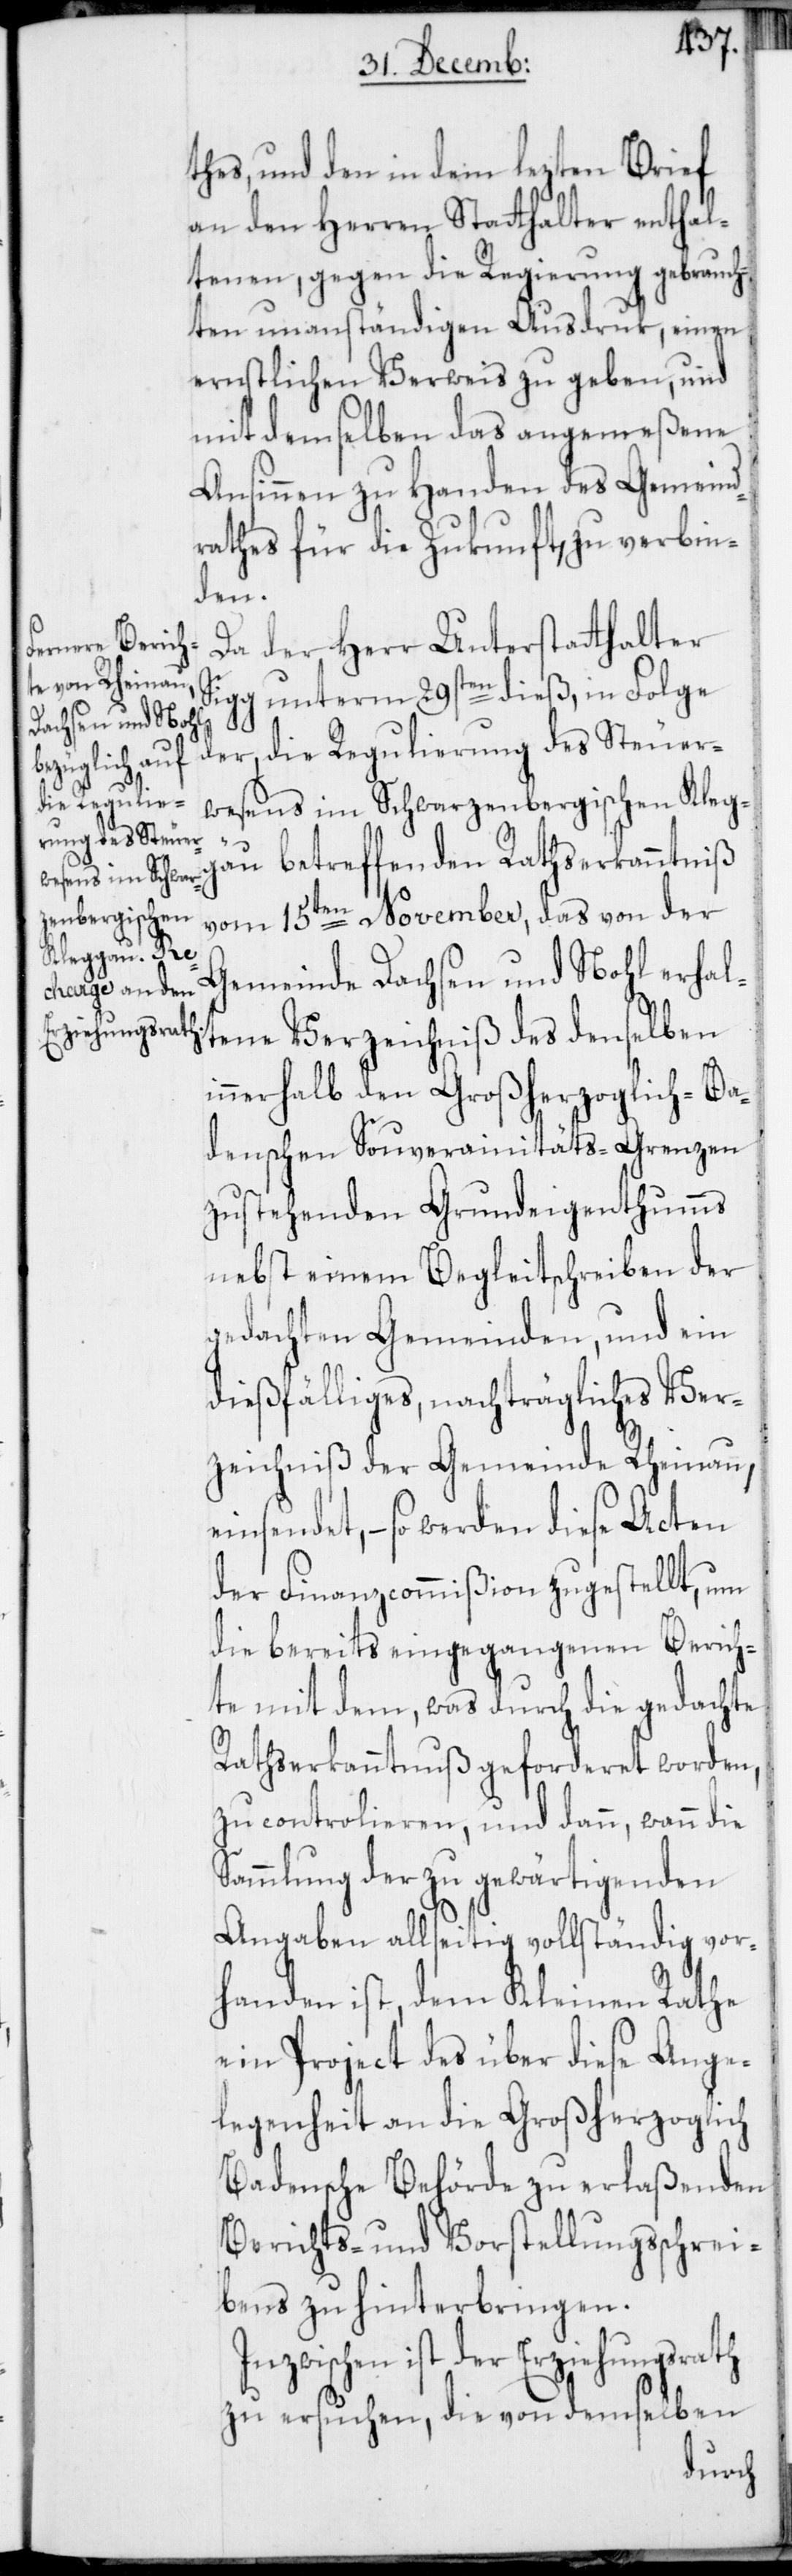
thes, und den in dem lezten Brief
an den Herren Statthalter enthal¬
tenen, gegen die Regierung gebrauch¬
ten unanständigen Ausdruk, einen
ernstlichen Verweis zu geben, und
mit demselben das angemeßene
Ansinnen zu Handen des Gemeind¬
rathes für die Zukunft, zu verbin¬
den.
Da der Herr Unterstatthalter
Sigg unterm 29sten dieß, in Folge
der, die Regulierung des Steuer¬
wesens im Schwarzenbergischen Kleg¬
gäu betreffenden Rathserkanntniß
vom 15ten November, das von der
Gemeinde Dachsen und Nohl erhal¬
tene Verzeichniß des denselben
innerhalb den Großherzoglich-Ba¬
denschen Souverainitäts-Grenzen
zustehenden Grundeigenthumms
nebst einem Begleitschreiben der
gedachten Gemeinden, und ein
dießfälliges, nachträgliches Ver¬
zeichnis der Gemeinde Rheinau,
einsendet, – so werden diese Acten
der Finanzcommißion zugestellt, um
die bereits eingegangenen Berich¬
te mit dem, was durch die gedachte
Rathserkanntnuß geforderet worden,
zu controlieren, und dann, wann die
Sammlung der zu gewärtigenden
Angaben allseitig vollständig vor¬
handen ist, dem Kleinen Rathe
ein Project des über diese Ange¬
legenheit an die Großherzoglich
Badensche Behörde zu erlaßenden
Berichts- und Vorstellungsschrei¬
bens zu hinterbringen.
Inzwischen ist der Erziehungsrath
zu ersuchen, die von demselben